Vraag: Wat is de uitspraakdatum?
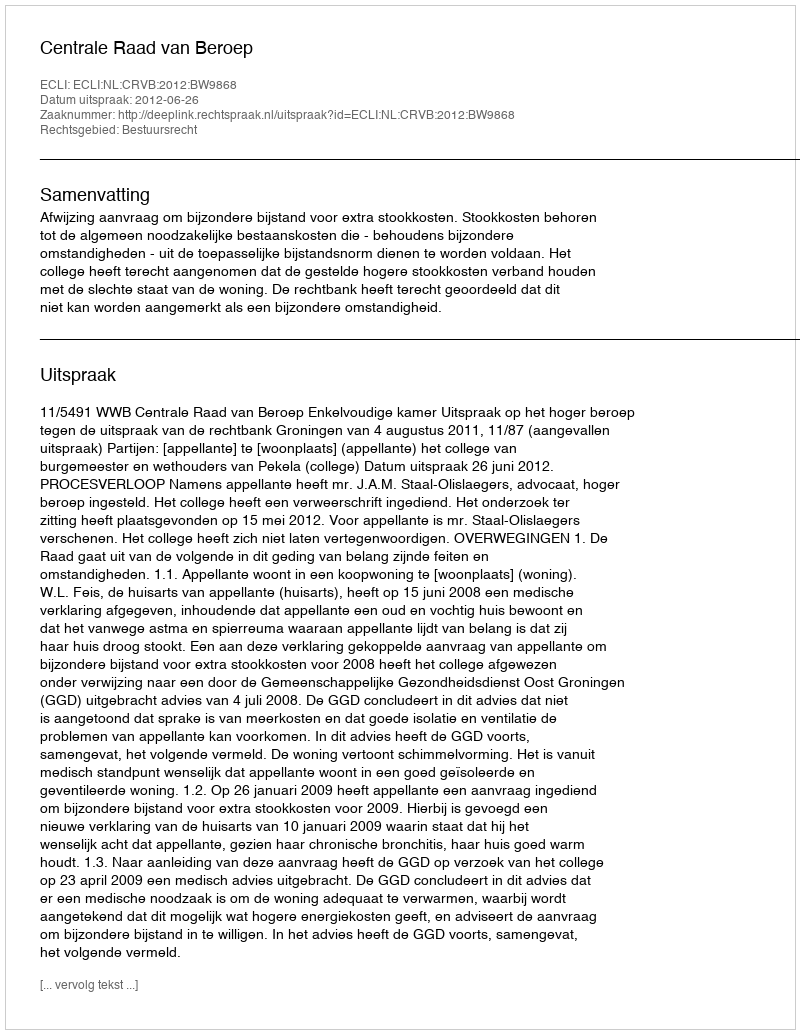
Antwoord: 2012-06-26